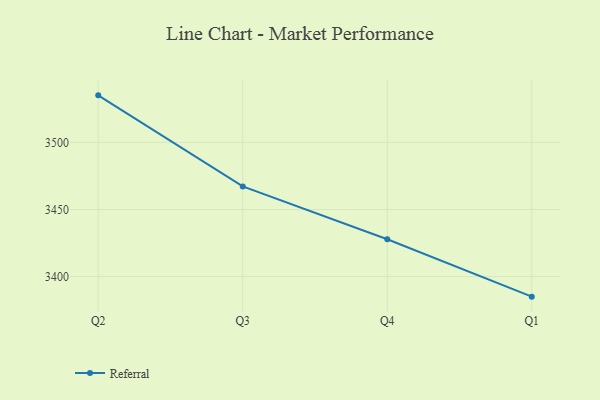
{"axis": {"x": "Quarter", "y": "Humidity (%)"}, "legend": ["Referral"], "data": [{"x": "Q2", "y": 3535.1, "type": "Referral"}, {"x": "Q3", "y": 3467.2, "type": "Referral"}, {"x": "Q4", "y": 3427.8, "type": "Referral"}, {"x": "Q1", "y": 3385.0, "type": "Referral"}]}